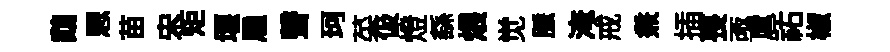
鵡愳苗宋矩堰雇聲珂菜伋燈繇煨觉脈淹戒兼插喪亟扈祐椒